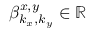
\beta _ { k _ { x } , k _ { y } } ^ { x , y } \in \mathbb { R }